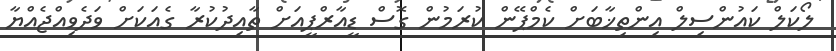
ލޯކަލް ކައުންސިލް އިންތިޚާބަށް ކެމްޕޭން ކުރަމުން ގޮސް ޑީއާރްޕީއަށް ތާއިދުކުރާ ގެއަކަށް ވަދެވިއްޖެއްޔާ